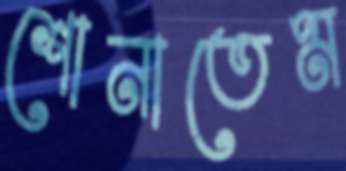
শোনাতেম